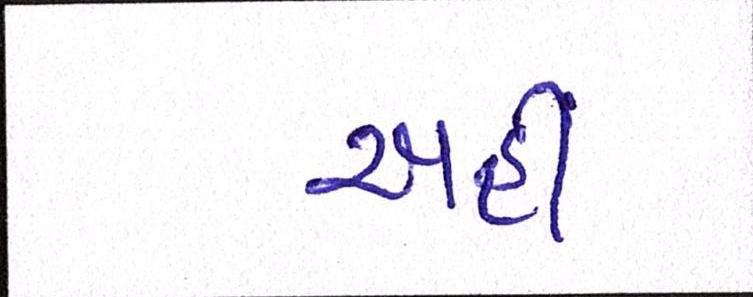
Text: અહીં